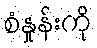
စံနှုန်းကို